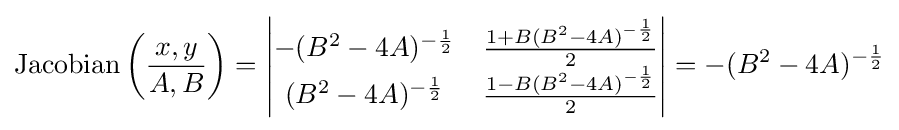
\operatorname {Jacobian} \left({\frac {x,y}{A,B}}\right)={\begin{vmatrix}-(B^{2}-4A)^{-{\frac {1}{2}}}&{\frac {1+B(B^{2}-4A)^{-{\frac {1}{2}}}}{2}}\\(B^{2}-4A)^{-{\frac {1}{2}}}&{\frac {1-B(B^{2}-4A)^{-{\frac {1}{2}}}}{2}}\\\end{vmatrix}}=-(B^{2}-4A)^{-{\frac {1}{2}}}